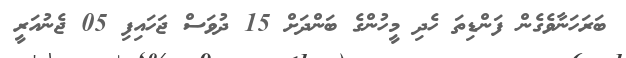
ބަރަހަނާވެގެން ފަންޑިތަ ހެދި މީހުންގެ ބަންދަށް 15 ދުވަސް ޖަހައިފި 05 ޖެނުއަރީ